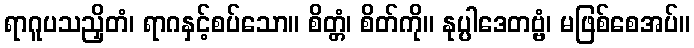
ရာဂူပသညှိတံ၊ ရာဂနှင့်စပ်သော။ စိတ္တံ၊ စိတ်ကို။ နုပ္ပါဒေတဗ္ဗံ၊ မဖြစ်စေအပ်။